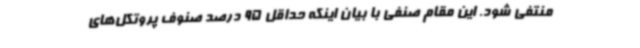
منتفی شود. این مقام صنفی با بیان اینکه حداقل 95 درصد صنوف پروتکل‌های